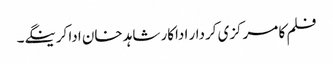
فلم کا مرکزی کردار اداکار شاہد خان ادا کرینگے۔